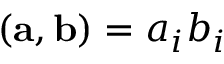
( { \bf a } , { \bf b } ) = a _ { i } b _ { i }